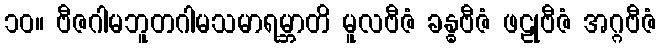
၁၀။ ဗီဇဂါမဘူတဂါမသမာရမ္ဘာတိ မူလဗီဇံ ခန္ဓဗီဇံ ဖဠုဗီဇံ အဂ္ဂဗီဇံ